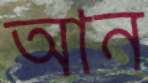
আন